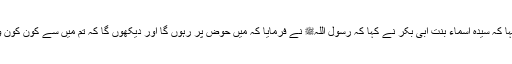
عبد اللہ نے کہا کہ سیدہ اسماء بنت ابی بکرؓ نے کہا کہ رسول اللہﷺ نے فرمایا کہ میں حوض پر رہوں گا اور دیکھوں گا کہ تم میں سے کون کون وہاں آتے ہیں۔